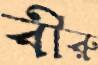
বীরু